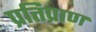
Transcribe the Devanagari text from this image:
प्रतिप्राण